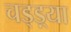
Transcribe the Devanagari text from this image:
चड्ड़्या